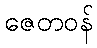
ဇေတဝန်